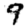
Digit: 9